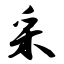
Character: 采